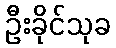
ဦးခိုင်သုခ